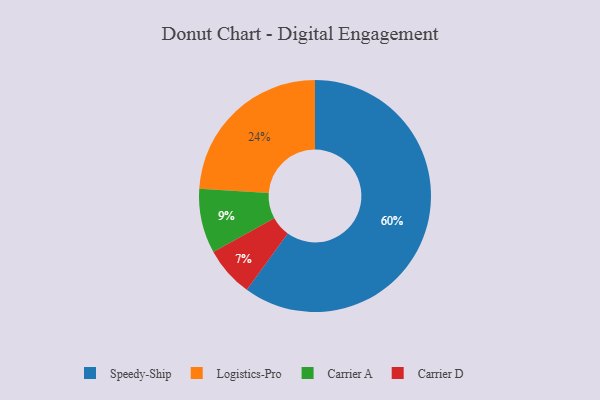
{"axis": {"x": "Category", "y": "Percentage"}, "legend": ["Carrier A", "Carrier D", "Logistics-Pro", "Speedy-Ship"], "data": [{"x": "Logistics-Pro", "y": 24, "type": "Logistics-Pro"}, {"x": "Carrier D", "y": 7, "type": "Carrier D"}, {"x": "Speedy-Ship", "y": 60, "type": "Speedy-Ship"}, {"x": "Carrier A", "y": 9, "type": "Carrier A"}]}